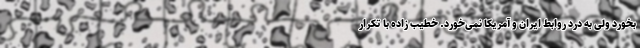
بخورد ولی به درد روابط ایران و آمریکا نمی‌خورد. خطیب زاده با تکرار